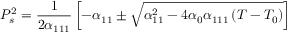
P _ { s } ^ { 2 } = { \frac { 1 } { 2 \alpha _ { 1 1 1 } } } \left[ - \alpha _ { 1 1 } \pm { \sqrt { \alpha _ { 1 1 } ^ { 2 } - 4 \alpha _ { 0 } \alpha _ { 1 1 1 } \left( T - T _ { 0 } \right) } } \right]